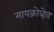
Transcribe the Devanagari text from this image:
मायक्रोव्हेव